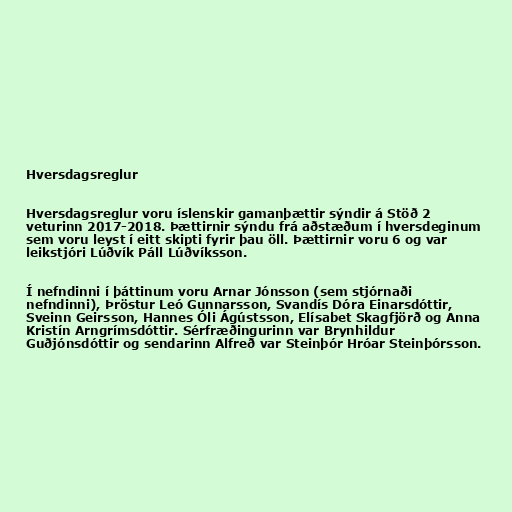
Hversdagsreglur

Hversdagsreglur voru íslenskir gamanþættir sýndir á Stöð 2
veturinn 2017-2018. Þættirnir sýndu frá aðstæðum í hversdeginum
sem voru leyst í eitt skipti fyrir þau öll. Þættirnir voru 6 og var
leikstjóri Lúðvík Páll Lúðvíksson.

Í nefndinni í þáttinum voru Arnar Jónsson (sem stjórnaði
nefndinni), Þröstur Leó Gunnarsson, Svandís Dóra Einarsdóttir,
Sveinn Geirsson, Hannes Óli Ágústsson, Elísabet Skagfjörð og Anna
Kristín Arngrímsdóttir. Sérfræðingurinn var Brynhildur
Guðjónsdóttir og sendarinn Alfreð var Steinþór Hróar Steinþórsson.